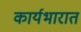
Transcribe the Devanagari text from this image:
कार्यभारात